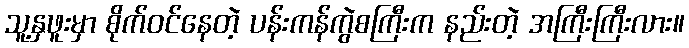
သူ့နှဖူးမှာ စိုက်ဝင်နေတဲ့ ပန်းကန်ကွဲစကြီးက နည်းတဲ့ အကြီးကြီးလား။